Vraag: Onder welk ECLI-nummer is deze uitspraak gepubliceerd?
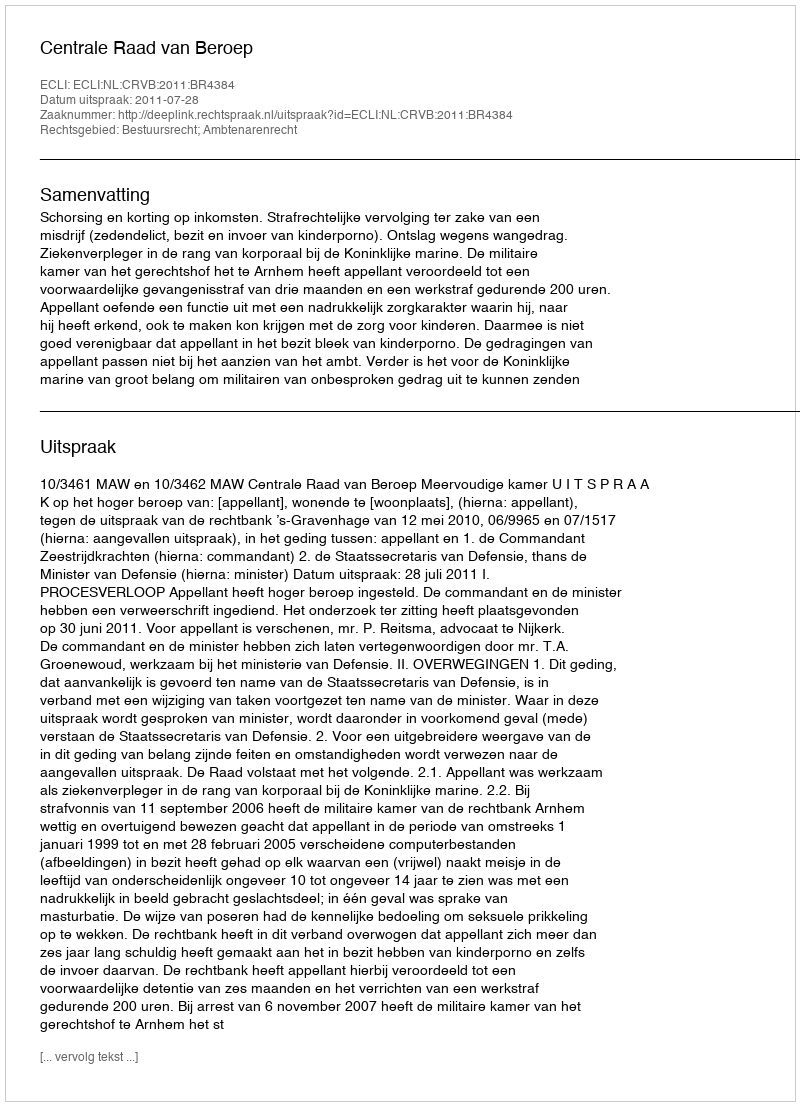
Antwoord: ECLI:NL:CRVB:2011:BR4384